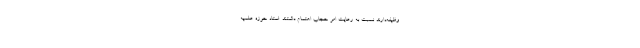
وظیفه‌دارند نسبت به رعایت امر حجاب اهتمام داشتند. استاد حوزه علمیه